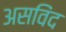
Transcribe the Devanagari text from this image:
असविंद